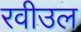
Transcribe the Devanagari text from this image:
रवीउल